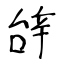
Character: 辝